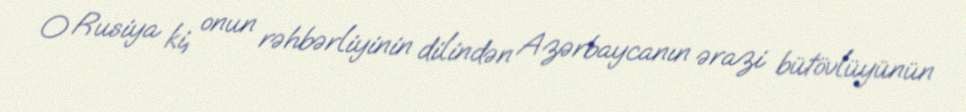
O Rusiya ki, onun rəhbərliyinin dilindən Azərbaycanın ərazi bütövlüyünün